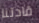
قادتنا